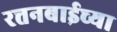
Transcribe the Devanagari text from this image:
रत्तनबाईच्या